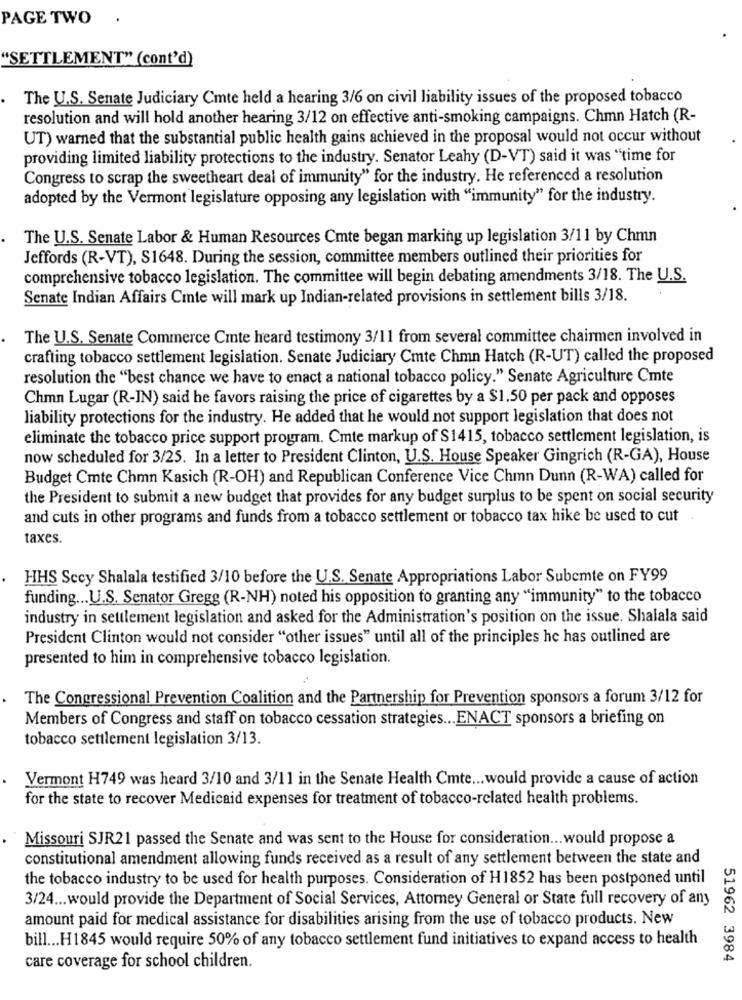
PAGE TWO
"SETTLEMENT" (cont'd)
The U.S. Senate Judiciary Cmte held a hearing 3/6 on civil liability issues of the proposed tobacco
resolution and will hold another hearing 3/12 on effective anti-smoking campaigns. Chmn Hatch (R-
UT) warned that the substantial public health gains achieved in the proposal would not occur without
providing limited liability protections to the industry. Senator Leahy (D-VT) said it was "time for
Congress to scrap the sweetheart deal of immunity" for the industry. He referenced a resolution
adopted by the Vermont legislature opposing any legislation with "immunity" for the industry.
The U.S. Senate Labor & Human Resources Cmte began marking up legislation 3/11 by Chmn
Jeffords (R-VT), S1648. During the session, committee members outlined their priorities for
comprehensive tobacco legislation. The committee will begin debating amendments 3/18. The U.S.
Senate Indian Affairs Cinte will mark up Indian-related provisions in settlement bills 3/18.
The U.S. Senate Commerce Cite heard testimony 3/11 from several committee chairmen involved in
crafting tobacco settlement legislation. Senate Judiciary Cmte Chmn Hatch (R-UT) called the proposed
resolution the "best chance we have to enact a national tobacco policy." Senate Agriculture Cmte
Chmn Lugar (R-IN) said he favors raising the price of cigarettes by a $1.50 per pack and opposes
liability protections for the industry. He added that he would not support legislation that does not
eliminate the tobacco price support program. Cmte markup of $1415, tobacco settlement legislation, is
now scheduled for 3/25. In a letter to President Clinton, U.S. House Speaker Gingrich (R-GA), House
Budget Cmte Chmn Kasich (R-OH) and Republican Conference Vice Chmn Dunn (R-WA) called for
the President to submit a new budget that provides for any budget surplus to be spent on social security
and cuts in other programs and funds from a tobacco settlement or tobacco tax hike be used to cut
taxes
HHS Sccy Shalala testified 3/10 before the U.S. Senate Appropriations Labor Subemte on FY99
funding ... U.S. Senator Gregg (R-NH) noted his opposition to granting any "immunity" to the tobacco
industry in settlement legislation and asked for the Administration's position on the issue. Shalala said
President Clinton would not consider "other issues" until all of the principles he has outlined are
presented to him in comprehensive tobacco legislation.
The Congressional Prevention Coalition and the Partnership for Prevention sponsors a forum 3/12 for
Members of Congress and staff on tobacco cessation strategies ... ENACT sponsors a briefing on
tobacco settlement legislation 3/13.
Vermont H749 was heard 3/10 and 3/11 in the Senate Health Cmte ... would provide a cause of action
for the state to recover Medicaid expenses for treatment of tobacco-related health problems.
Missouri SJR21 passed the Senate and was sent to the House for consideration ... would propose a
constitutional amendment allowing funds received as a result of any settlement between the state and
the tobacco industry to be used for health purposes. Consideration of H1852 has been postponed until
3/24 ... would provide the Department of Social Services, Attorney General or State full recovery of any
amount paid for medical assistance for disabilities arising from the use of tobacco products. New
bill ... H1845 would require 50% of any tobacco settlement fund initiatives to expand access to health
51962 3984
care coverage for school children.